Senior Leaving Certificate Examination (including Day School Certificate (Higher) General paper), 1950
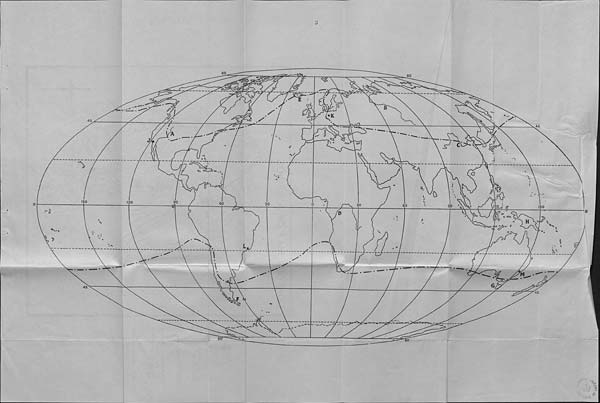
3
80
0
45
f
45
A
^3 53
y
C=3 CP
Q
K}
i50
90
120
GO
30
30
60
SO
120
150
Of-dP
M
\
45
s
80
^005>